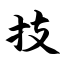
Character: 技